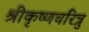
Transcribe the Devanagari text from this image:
श्रीकृष्णचरित्रु